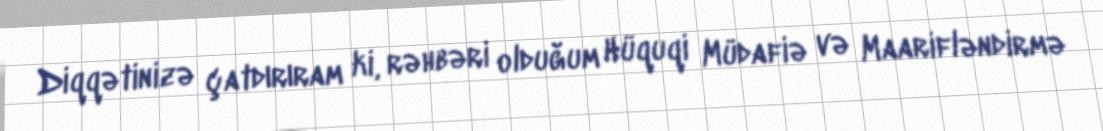
Diqqətinizə çatdırıram ki, rəhbəri olduğum Hüquqi Müdafiə və Maarifləndirmə